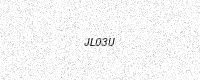
Text: JL03U